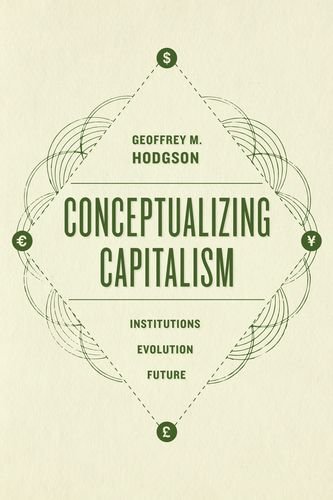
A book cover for Conceptualizing Capitalism: Institutions, Evolution, Future; Geoffrey M. Hodgson; Business & Money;